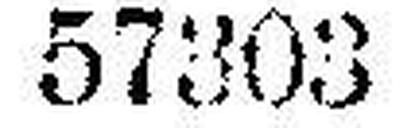
57303